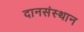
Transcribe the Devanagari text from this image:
दानसंस्थान